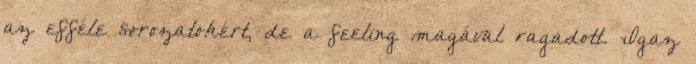
az efféle sorozatokért, de a feeling magával ragadott. Igaz